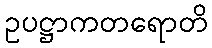
ဥပဋ္ဌာကတရောတိ